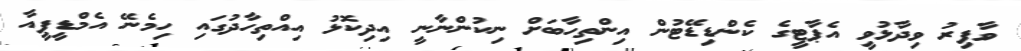
ވާފިރު ވިދާޅުވީ އެޕާޓީގެ ކެންޑިޑޭޓުން އިންތިހާބަށް ނިކުންނާނީ އިދިކޮޅު އިއްތިހާދުގައި ހިމެނޭ އެމްޑީޕީއާ